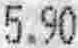
5.90